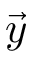
\vec { y }